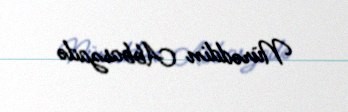
Nürəddin Abbaszadə